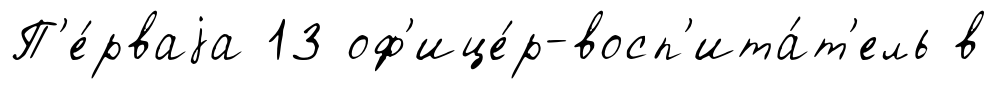
П'е́рваjа 13 оф'ице́р-восп'ита́т'ель в